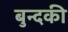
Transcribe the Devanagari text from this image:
बुन्दकी